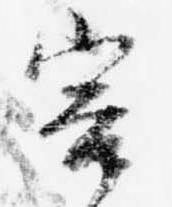
害